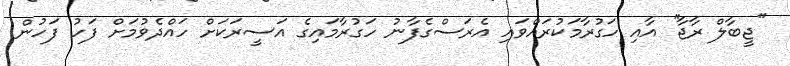
''ޖީބާލް ރާޖާ'' އާއި ހަގުރާމަކުރައްވައި އެރަސްގެފާނު ހަގުރާމައިގެ އަސީރަކަށް ހައްދެވުމަށް ފަހު ފަހުން